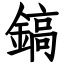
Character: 鎬